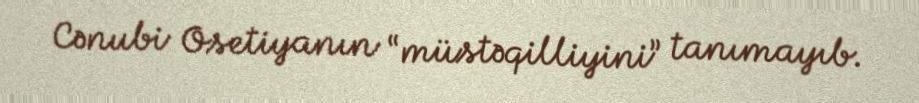
Cənubi Osetiyanın “müstəqilliyini” tanımayıb.